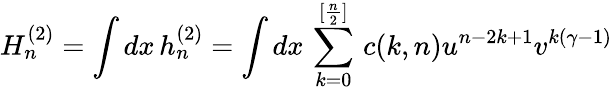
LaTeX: H_{n}^{(2)}=\int dx\, h_{n}^{(2)}=\int dx\, \sum_{k=0}^{[{\frac{n}{2}}]}\, c(k,n)u^{n-2k+1}v^{k(\gamma-1)}